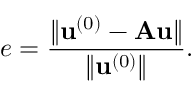
e = \frac { \lVert { \bf u } ^ { ( 0 ) } - { \bf A u } \rVert } { \lVert { \bf u } ^ { ( 0 ) } \rVert } .